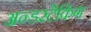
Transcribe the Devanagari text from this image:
अन्डरटेकिंग